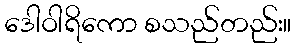
ဒေါဝါရိကော စသည်တည်း။